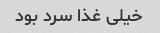
خیلی غذا سرد بود